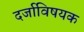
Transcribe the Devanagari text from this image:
दर्जाविषयक